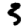
Digit: 5